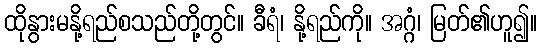
ထိုနွားမနို့ရည်စသည်တို့တွင်။ ခီရံ၊ နို့ရည်ကို။ အဂ္ဂံ၊ မြတ်၏ဟူ၍။